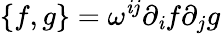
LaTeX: \{ f,g\} =\omega^{\mathit{i}j}\partial_{\mathit{i}}f\partial_{j}g